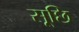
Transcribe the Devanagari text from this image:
सूछि